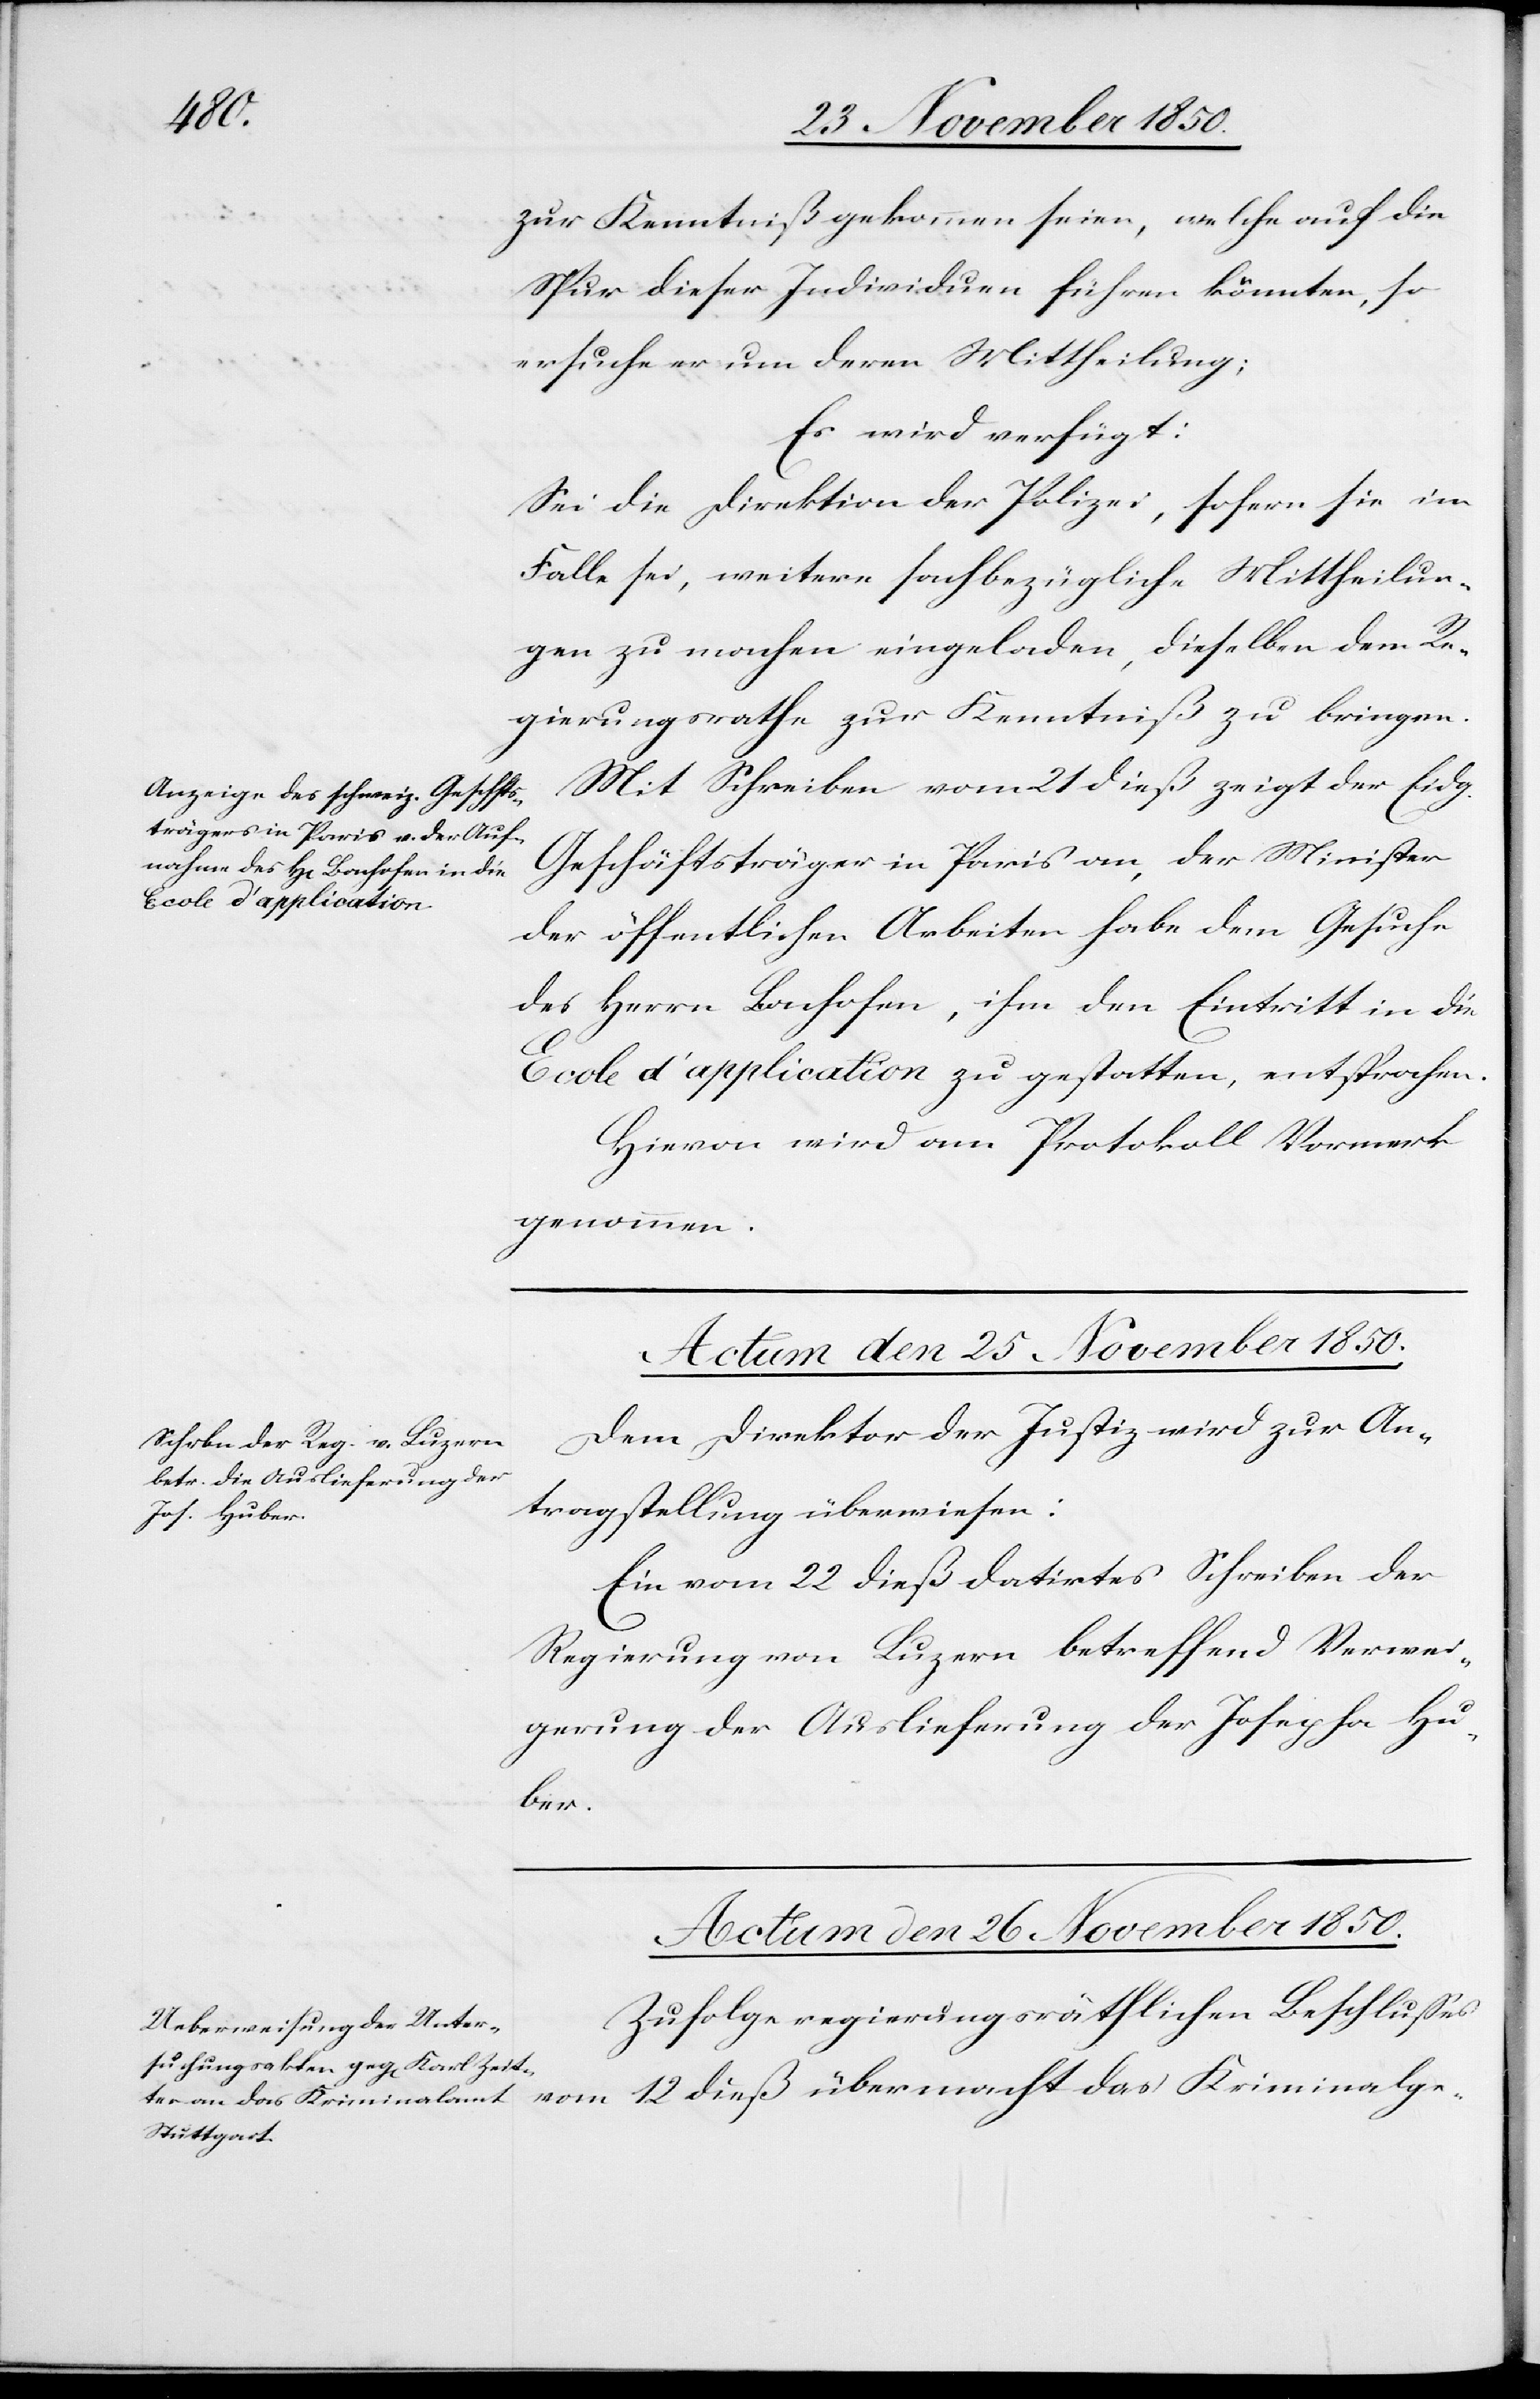
zur Kenntniß gekommen seien, welche auf die
Spur dieser Individuen führen könnten, so
ersuche er um deren Mittheilung;
Es wird verfügt:
Sei die Direktion der Polizei, sofern sie im
Falle sei, weitere sachbezügliche Mittheilun¬
gen zu machen eingeladen, dieselben dem Re¬
gierungsrathe zur Kenntniß zu bringen.
Mit Schreiben vom 21 dieß zeigt der Eidg.
Geschäftsträger in Paris an, der Minister
der öffentlichen Arbeiten habe dem Gesuche
des Herrn Bachofen, ihm den Eintritt in die
Ecole d’application zu gestatten, entsprochen.
Hievon wird am Protokoll Vormerk
genommen.
Actum den 26 November 1850.
Dem Direktor der Justiz wird zur An¬
tragstellung überwiesen:
Ein vom 22 dieß datirtes Schreiben der
Regierung von Luzern betreffend Verwei¬
gerung der Auslieferung der Josepha Hu¬
ber.
Zufolge regierungsräthlichen Beschlusses
vom 12 dieß übermacht das Kriminalge-